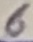
Text: 6